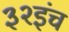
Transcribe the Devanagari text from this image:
३२इंच